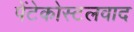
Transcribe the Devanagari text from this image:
पेंटेकोस्टलवाद